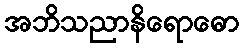
အဘိသညာနိရောဓော